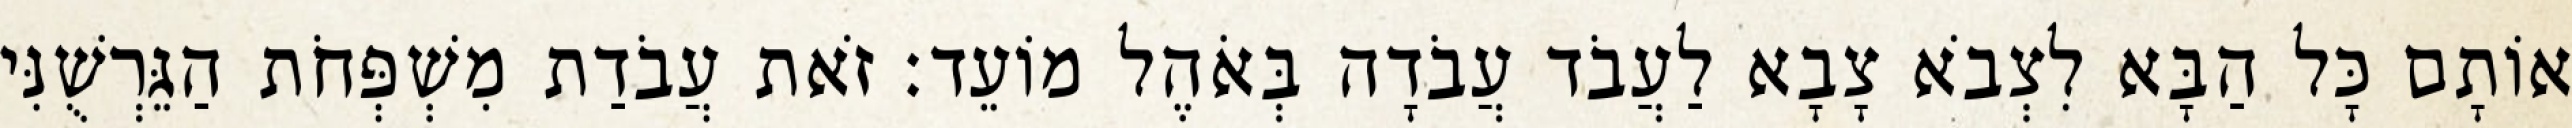
אוֹתָם כָּל הַבָּא לִצְבֹא צָבָא לַעֲבֹד עֲבֹדָה בְּאֹהֶל מוֹעֵד׃ זֹאת עֲבֹדַת מִשְׁפְּחֹת הַגֵּרְשֻׁנִּי